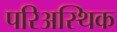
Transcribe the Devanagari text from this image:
परिअस्थिक